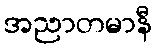
အညာတမာနီ